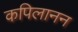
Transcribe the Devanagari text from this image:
कपिलानन